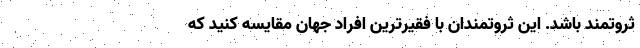
ثروتمند باشد. این ثروتمندان با فقیرترین افراد جهان مقایسه کنید که